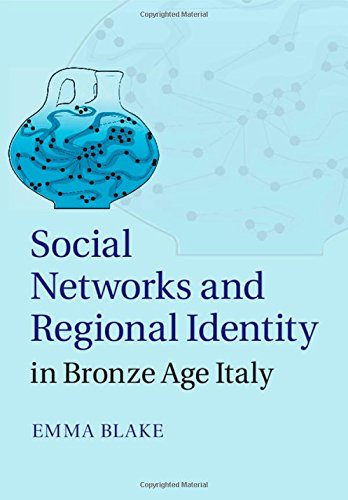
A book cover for Social Networks and Regional Identity in Bronze Age Italy; Emma Blake; History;